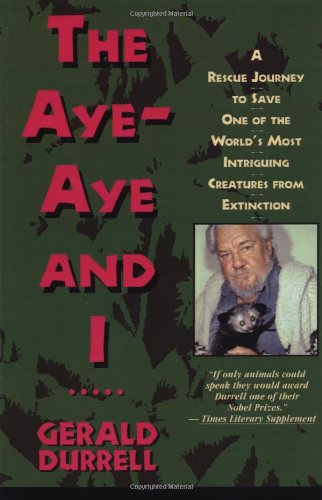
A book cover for The Aye-Aye and I: A Rescue Journey to Save One of the World's Most Intriguing Creatures from Extinction; Gerald Durrell; Sports & Outdoors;